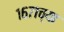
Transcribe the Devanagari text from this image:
१६७१च्या